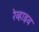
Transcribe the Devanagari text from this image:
रेव्हाइव